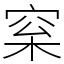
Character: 梥